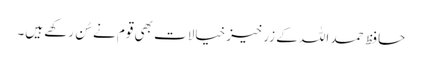
حافظ حمد اللہ کے زرخیز خیالات بھی قوم نے سُن رکھے ہیں۔